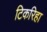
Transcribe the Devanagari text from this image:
टिकरिहा